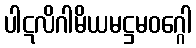
ပါဋလိဂါမိယမဋ္ဌမဝဂ္ဂေါ